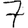
Digit: 7